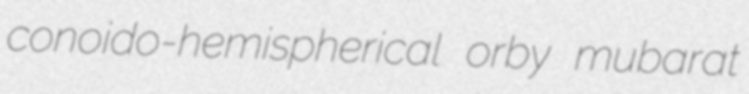
conoido-hemispherical orby mubarat